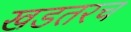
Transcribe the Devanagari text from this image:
खडतरच